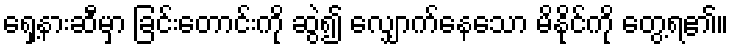
ရှေ့နားဆီမှာ ခြင်းတောင်းကို ဆွဲ၍ လျှောက်နေသော မိနိုင်ကို တွေ့ရ၏။